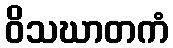
ဝိသဃာတကံ